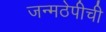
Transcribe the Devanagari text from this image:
जन्मठेपीची